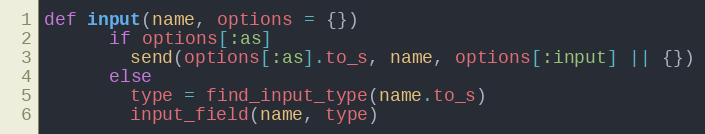
Language: Ruby
def input(name, options = {})
      if options[:as]
        send(options[:as].to_s, name, options[:input] || {})
      else
        type = find_input_type(name.to_s)
        input_field(name, type)